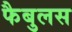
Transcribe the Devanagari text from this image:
फैबुलस